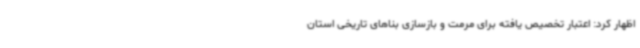
اظهار کرد: اعتبار تخصیص یافته برای مرمت و بازسازی بناهای تاریخی استان